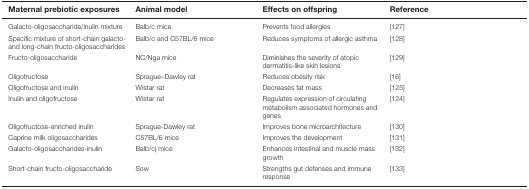
<table><thead><tr><td><b>Maternal prebiotic exposures</b></td><td><b>Animal model</b></td><td><b>Effects on offspring</b></td><td><b>Reference</b></td></tr></thead><tbody><tr><td>Galacto-oligosaccharide/inulin mixture</td><td>Balb/c mice</td><td>Prevents food allergies</td><td>[127]</td></tr><tr><td>Specific mixture of short-chain galacto- and long-chain fructo-oligosaccharides</td><td>Balb/c and C57BL/6 mice</td><td>Reduces symptoms of allergic asthma</td><td>[128]</td></tr><tr><td>Fructo-oligosaccharide</td><td>NC/Nga mice</td><td>Diminishes the severity of atopic dermatitis-like skin lesions</td><td>[129]</td></tr><tr><td>Oligofructose</td><td>Sprague–Dawley rat</td><td>Reduces obesity risk</td><td>[16]</td></tr><tr><td>Oligofructose and inulin</td><td>Wistar rat</td><td>Decreases fat mass</td><td>[125]</td></tr><tr><td>Inulin and oligofructose</td><td>Wistar rat</td><td>Regulates expression of circulating metabolism associated hormones and genes</td><td>[124]</td></tr><tr><td>Oligofructose-enriched inulin</td><td>Sprague-Dawley rat</td><td>Improves bone microarchitecture</td><td>[130]</td></tr><tr><td>Caprine milk oligosaccharides</td><td>C57BL/6 mice</td><td>Improves the development</td><td>[131]</td></tr><tr><td>Galacto-oligosaccharides-inulin</td><td>Balb/cj mice</td><td>Enhances intestinal and muscle mass growth</td><td>[132]</td></tr><tr><td>Short-chain fructo-oligosaccharide</td><td>Sow</td><td>Strengths gut defenses and immune response</td><td>[133]</td></tr></tbody></table>